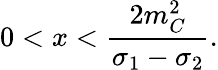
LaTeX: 0<x<\frac{2m_{C}^{2}}{\sigma_{1}-\sigma_{2}}.